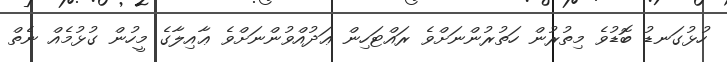
ހުޅުގަނޑު ބޮޑުވެ މިތުރުން ހަތުރުންނަށްވެ ރައްޓަހިން ޢަދުއްވުންނަށްވެ ޢާއިލާގެ މީހުން ގުޅުމެއް ނެތް